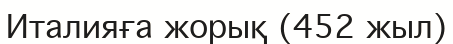
Италияға жорық (452 жыл)